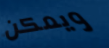
ويمكن